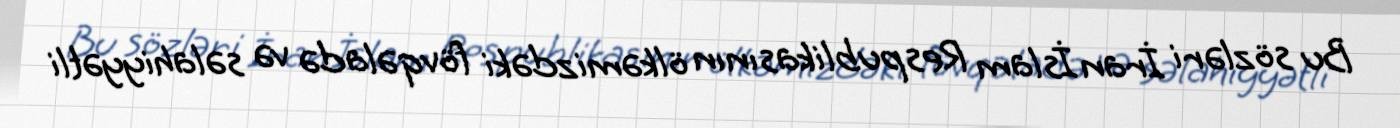
Bu sözləri İran İslam Respublikasının ölkəmizdəki fövqəladə və səlahiyyətli